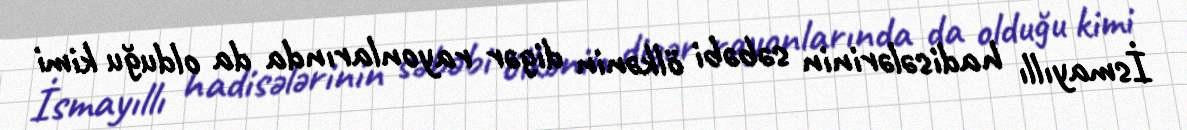
İsmayıllı hadisələrinin səbəbi ölkənin digər rayonlarında da olduğu kimi